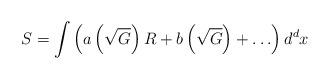
LaTeX: \begin{align*}S=\int{\left( a\left( \sqrt{G} \right)R+b\left( \sqrt{G} \right)+\ldots\right)d^{d}x}\end{align*}